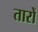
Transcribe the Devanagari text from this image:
तारों